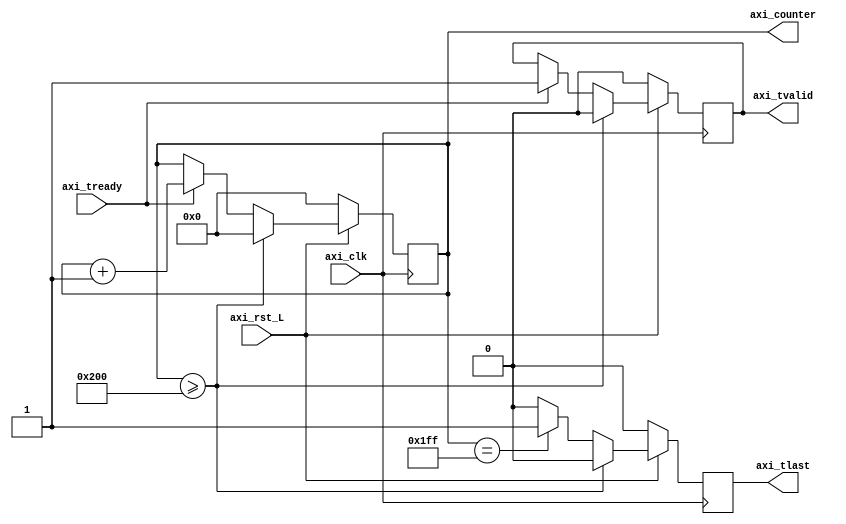
`timescale 1ns / 1ps
//////////////////////////////////////////////////////////////////////////////////
// Company: 
// Engineer: 
// 
// Design Name: 
// Module Name: m_axis_tlast_gen
// Project Name: 
// Target Devices: 
// Tool Versions: 
// Description: 
// 
// Dependencies: 
// 
// Revision:
// Revision 0.01 - File Created
// Additional Comments:
// 
//////////////////////////////////////////////////////////////////////////////////


module m_axis_tlast_gen
    #(parameter NUM_BYTES = 512)
    (
    output reg axi_tvalid,
    input axi_tready,
    input axi_clk,  //same clk as axi works with
    input axi_rst_L,
    output reg axi_tlast,
    output reg [31:0] axi_counter
    );
    
    //reg [31:0] counter = 0;
    
    always @(posedge axi_clk) begin
        if(~axi_rst_L) begin
            axi_counter <= 0;
            axi_tlast <= 0;
            axi_tvalid <= 0;
        end else begin
            if(/*axi_tvalid == 1 && */ axi_tready == 1) begin
                axi_counter <= axi_counter +1;
                axi_tvalid <= 1;
            end
            if (axi_counter == (NUM_BYTES-1)) begin
                axi_tlast <= 1;
            end else begin
                axi_tlast <= 0;
            end
            if (axi_counter >= (NUM_BYTES)) begin
                axi_tlast <= 0;
                axi_counter <= 0;
                axi_tvalid <= 0;
            end
        end
    end
endmodule